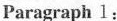
Paragraph l: